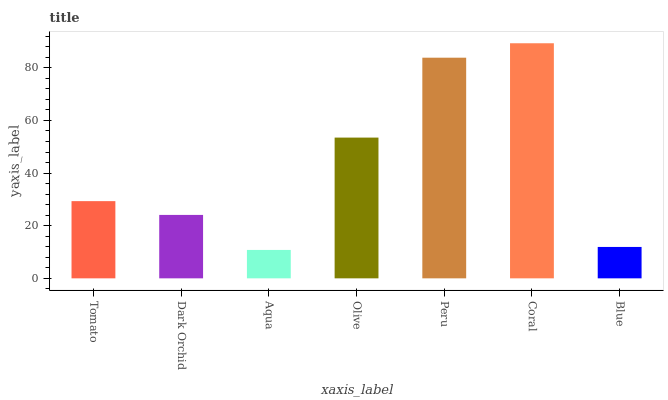
| xaxis_label | bars |
 | --- | --- |
 | Tomato | 29.3 |
 | Dark Orchid | 24.1 |
 | Aqua | 10.8 |
 | Olive | 53.5 |
 | Peru | 83.8 |
 | Coral | 89.3 |
 | Blue | 11.9 |